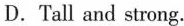
D.Tall and strong.